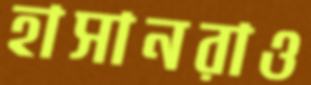
হাসানরাও